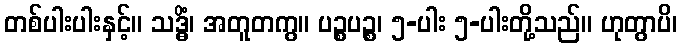
တစ်ပါးပါးနှင့်။ သဒ္ဓိံ၊ အတူတကွ။ ပဉ္စပဉ္စ၊ ၅-ပါး ၅-ပါးတို့သည်။ ဟုတွာပိ၊